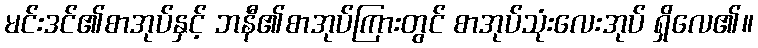
မင်းဒင်၏စာအုပ်နှင့် ဘနီ၏စာအုပ်ကြားတွင် စာအုပ်သုံးလေးအုပ် ရှိလေ၏။